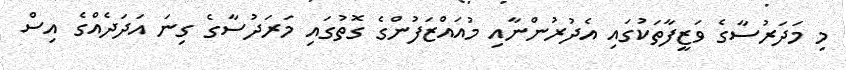
މި މަދަރުސާގެ ވަޒީފާތަކުގައި އެދުރުންނާއި މުއައްޒަފުންގެ ގޮތުގައި މަރަދުސާގެ ގިނަ އަދަދެއްގެ އިސް